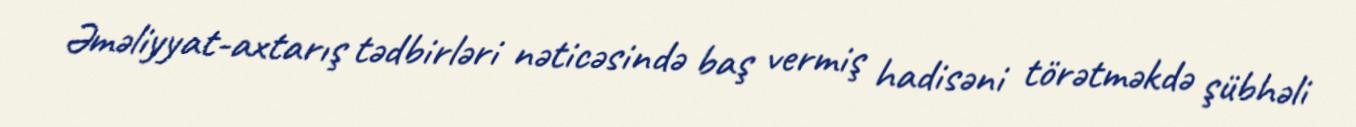
Əməliyyat-axtarış tədbirləri nəticəsində baş vermiş hadisəni törətməkdə şübhəli